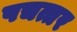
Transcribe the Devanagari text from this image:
पचत्तर